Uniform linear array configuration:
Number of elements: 64
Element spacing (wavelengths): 1
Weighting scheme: blackman
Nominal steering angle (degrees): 15
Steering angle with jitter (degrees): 14.317
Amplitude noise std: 0.05
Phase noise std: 0.05

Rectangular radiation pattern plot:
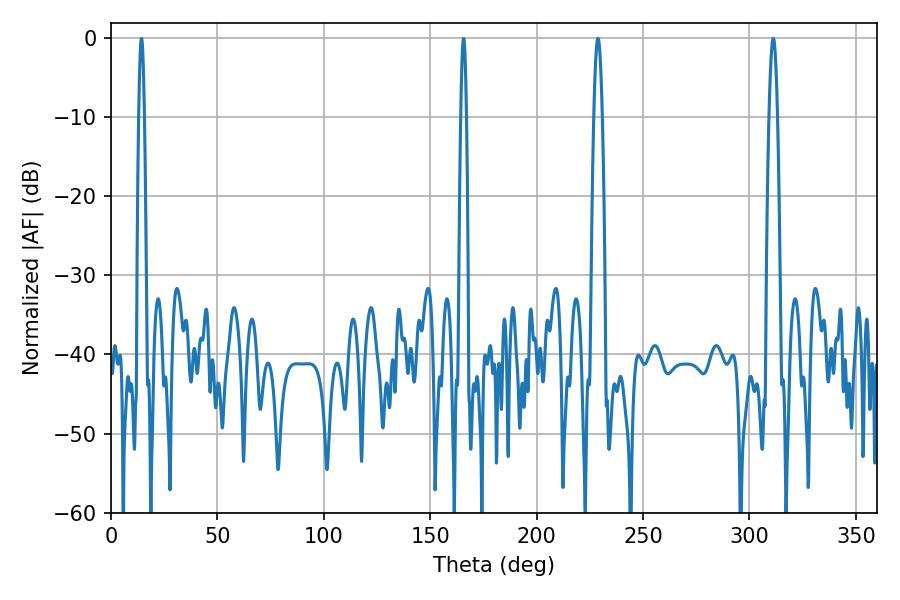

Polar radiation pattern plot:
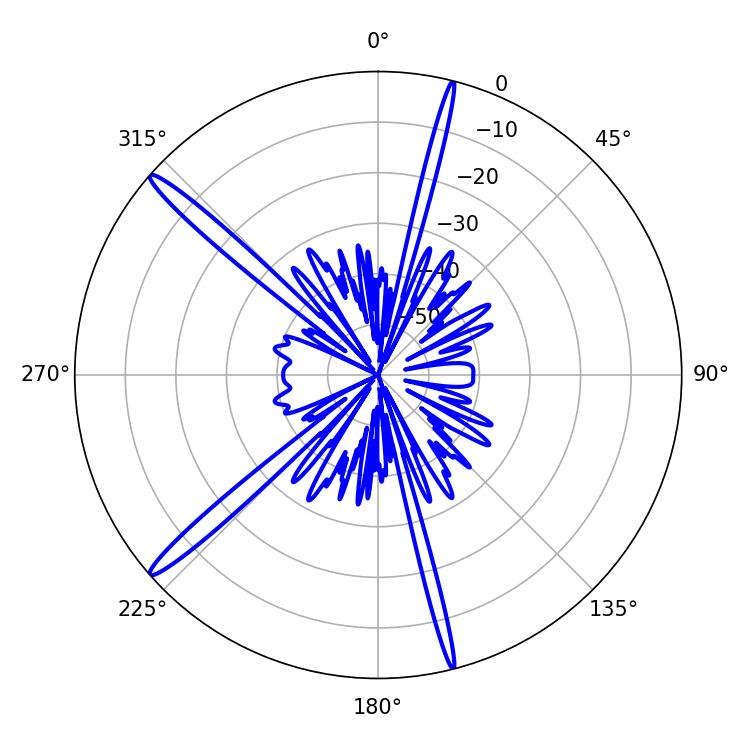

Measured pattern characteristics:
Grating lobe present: TRUE
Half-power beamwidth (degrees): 2.16
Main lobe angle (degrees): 228.78